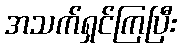
အသက်ရှင်ကြပြီး